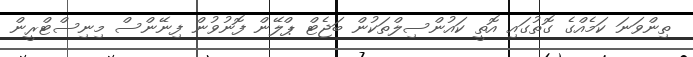
ތިންވަނަ ކަމެއްގެ ގޮތުގައި އޮތީ ކައުންސިލްތަކުން ބަޖެޓް ޕްލޭން ފޮނުވުން ފިނޭންސް މިނިސްޓްރީން